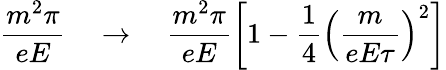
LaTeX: \frac{m^{2}\pi}{eE}\quad\to\quad\frac{m^{2}\pi}{eE}\left[1-\frac{1}{4}\left(\frac{m}{eE\tau}\right)^{2}\right]